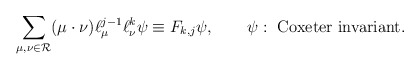
\begin{align*}\sum_{\mu,\nu\in{\cal R}}(\mu\cdot\nu)\ell_\mu^{j-1}\ell^k_\nu\psi\equiv F_{k,j}\psi,\qquad \psi:\ \mbox{Coxeter invariant}.\end{align*}